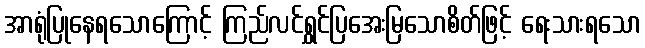
အာရုံပြုနေရသောကြောင့် ကြည်လင်ရွှင်ပြအေးမြသောစိတ်ဖြင့် ရေးသားရသော